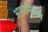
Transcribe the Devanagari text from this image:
अशान्तिमय